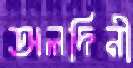
অলদিনী